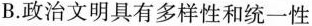
B.政治文明具有多样性和统一性